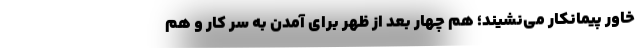
خاور پیمانکار می‌نشیند؛ هم چهار بعد از ظهر برای آمدن به سر کار و هم